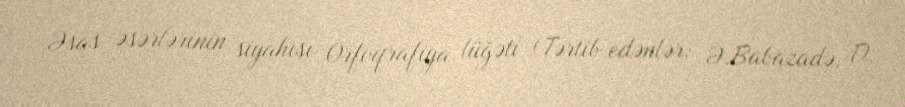
Əsas əsərlərinin siyahısı Orfoqrafiya lüğəti (Tərtib edənlər: Ə.Babazadə, D.